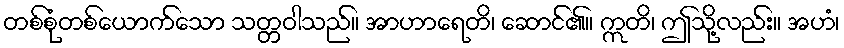
တစ်စုံတစ်ယောက်သော သတ္တဝါသည်။ အာဟာရေတိ၊ ဆောင်၏။ ဣတိ၊ ဤသို့လည်း။ အဟံ၊